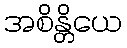
အစိန္တိယေ